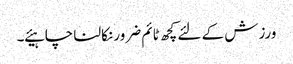
ورزش کے لئے کچھ ٹائم ضرور نکالنا چاہیئے ۔